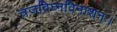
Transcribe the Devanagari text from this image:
त्रजविघ्नविनाशनः।